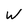
Character: W